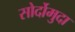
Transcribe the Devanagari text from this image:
सोर्दोमुदा